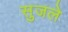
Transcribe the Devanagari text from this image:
सुजले